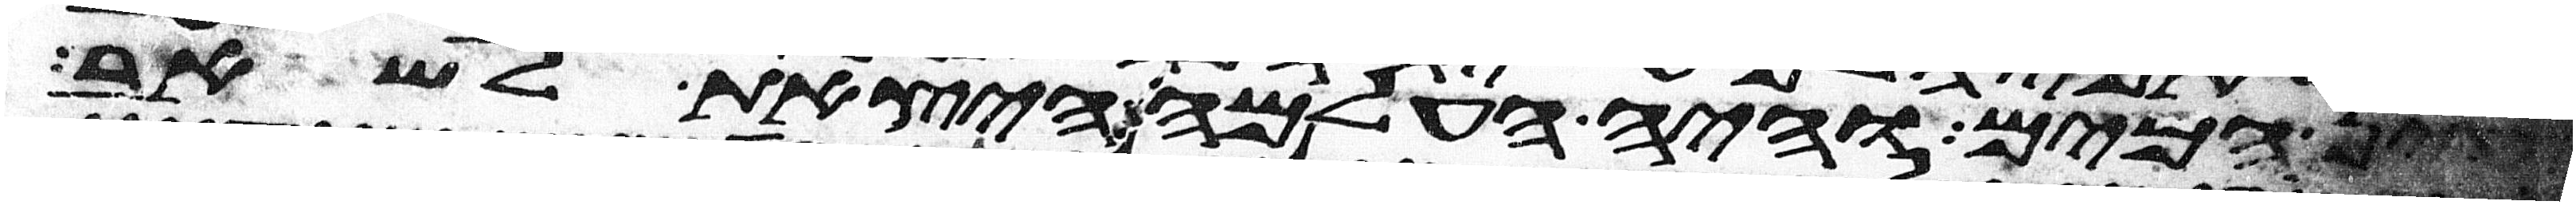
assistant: עין המים והיה העלמה היצאת לשאב